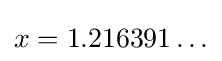
x=1.216391\ldots